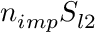
n _ { i m p } S _ { l 2 }